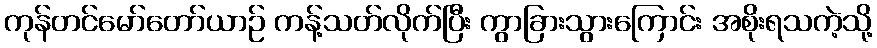
ကုန်တင်မော်တော်ယာဉ် ကန့်သတ်လိုက်ပြီး ကွာခြားသွားကြောင်း အစိုးရသကဲ့သို့